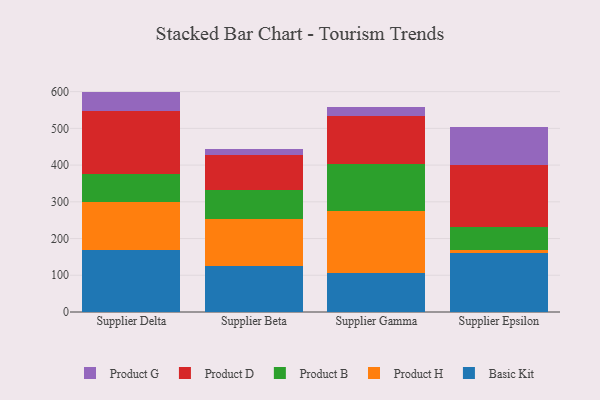
{"axis": {"x": "Supplier", "y": "Inventory Turnover"}, "legend": ["Basic Kit", "Product B", "Product D", "Product G", "Product H"], "data": [{"x": "Supplier Delta", "y": 169.2, "type": "Basic Kit"}, {"x": "Supplier Delta", "y": 131.0, "type": "Product H"}, {"x": "Supplier Delta", "y": 75.2, "type": "Product B"}, {"x": "Supplier Delta", "y": 170.8, "type": "Product D"}, {"x": "Supplier Delta", "y": 53.9, "type": "Product G"}, {"x": "Supplier Beta", "y": 126.5, "type": "Basic Kit"}, {"x": "Supplier Beta", "y": 127.6, "type": "Product H"}, {"x": "Supplier Beta", "y": 78.3, "type": "Product B"}, {"x": "Supplier Beta", "y": 94.8, "type": "Product D"}, {"x": "Supplier Beta", "y": 17.7, "type": "Product G"}, {"x": "Supplier Gamma", "y": 106.5, "type": "Basic Kit"}, {"x": "Supplier Gamma", "y": 168.6, "type": "Product H"}, {"x": "Supplier Gamma", "y": 126.9, "type": "Product B"}, {"x": "Supplier Gamma", "y": 132.1, "type": "Product D"}, {"x": "Supplier Gamma", "y": 23.6, "type": "Product G"}, {"x": "Supplier Epsilon", "y": 160.4, "type": "Basic Kit"}, {"x": "Supplier Epsilon", "y": 8.9, "type": "Product H"}, {"x": "Supplier Epsilon", "y": 61.8, "type": "Product B"}, {"x": "Supplier Epsilon", "y": 168.9, "type": "Product D"}, {"x": "Supplier Epsilon", "y": 104.1, "type": "Product G"}]}